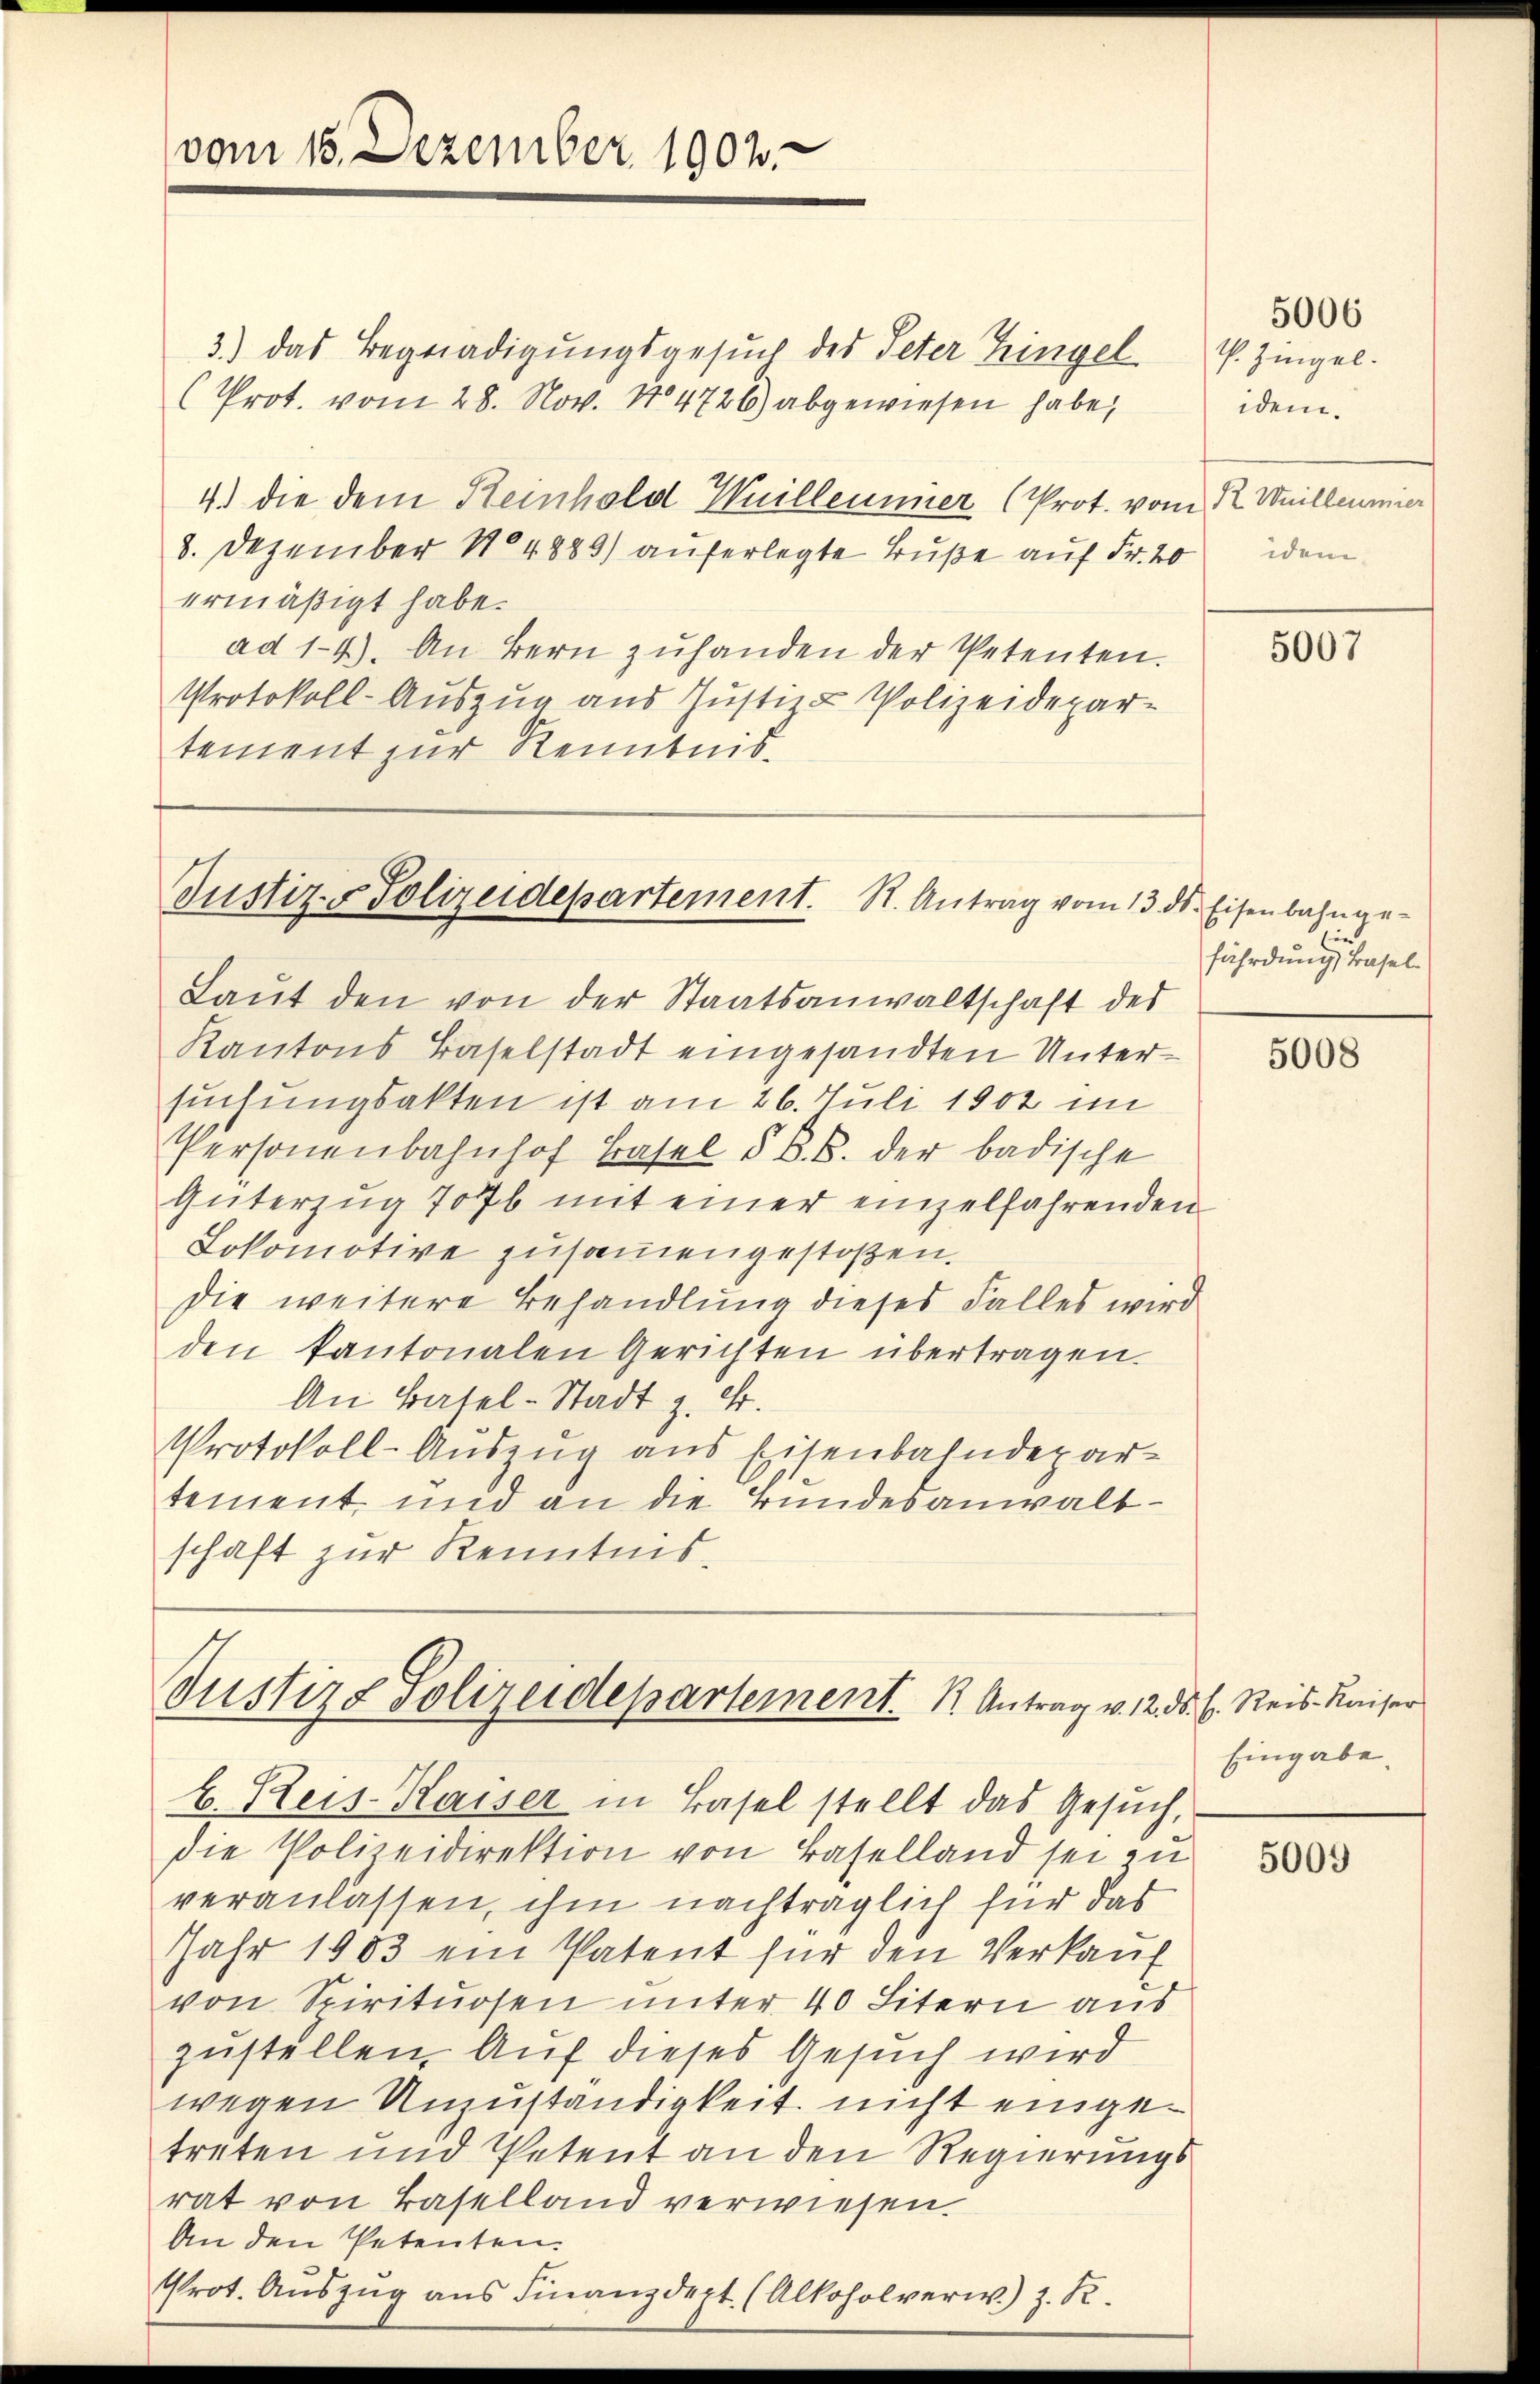
vom 15. Dezember 1902.

3.) das Begnadigŭngsgesŭch des Peter Eingel u. Zingel.
(Prot. vom 28. Nov. No. 4726) abgewiesen habe,
4) die dem Reinhold Weillemmer (Prot. vom 22. Weilleumier
8. Dezember 184883) auferlegte Buße auf Fr. 20 dem
ermäßigt habe.
ad 1-4). An Bern zŭhanden der Petenten.
Protokoll-Auszug aus Justiz & Polizeidepar-
tement zur Renntnis.

Justiz- & Polizeidepartement. R. Antrag vom 13. ds. Eisenbahnge-

Justiz & Polizeidepartement. K. Antrag v. 12. d. h. Reis Kaiser
b. Reis-Kaiser in Basel stellt das Gesŭch,

5006
idem.

Laŭt den von der Staatsanwaltschaft des
Kantons Baselstadt eingesandten Untersuchungsakten ist am 26. Juli 1902 im
Personenbahnhof Basel § B.B. der badische
Güterzug 776 mit einer einzelfahrenden
Lokomotive zusammengestoßen.
die weitere Behandlung dieses Falles wird
den kantonalen Gerichten übertragen.
An Basel-Stadt z. B.
Protokoll-Auszug aus Eisenbahndepartement, und an die Bundesanwaltschaft zur Kenntnis¬

die Polizeidirektion von Baselland sei zu
veranlassen, ihm nachträglich für das
Jahr 1903 ein Patent für den Verkauf
von Spirituosen unter 40 Litern aus
zustellen. Auf dieses Gesuch wird
wegen Unzuständigkeit nicht eingetreten und Petent an den Regierungsrat von Baselland verwiesen.
An den Petenten.
Prot. Aŭszŭg ans Finanzdept. (Alkoholverw.) z. R.

5007

Ein
fährdung, Basel¬

5008

Eingabe

5009